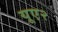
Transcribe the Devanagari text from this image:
यूए२